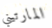
المارتيني